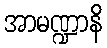
အာမဏ္ဍာနိ